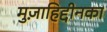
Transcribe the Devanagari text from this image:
मुज़ाहिद्दीनका